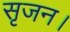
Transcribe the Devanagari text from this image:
सृजन।